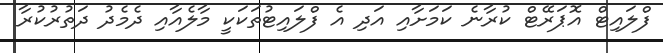
ފްލައިޓް އޮޕަރޭޓް ކުރާނެ ކަމަށާއި އަދި އެ ފްލައިޓުތަކަކީ މާލެއާއި ދެމެދު ދަތުރުކުރާ